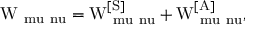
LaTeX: \mathrm { W _ { \ m u \ n u } = W _ { \ m u \ n u } ^ { [ S ] } + W _ { \ m u \ n u } ^ { [ A ] } , }